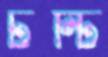
টন্টি